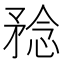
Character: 𥍵